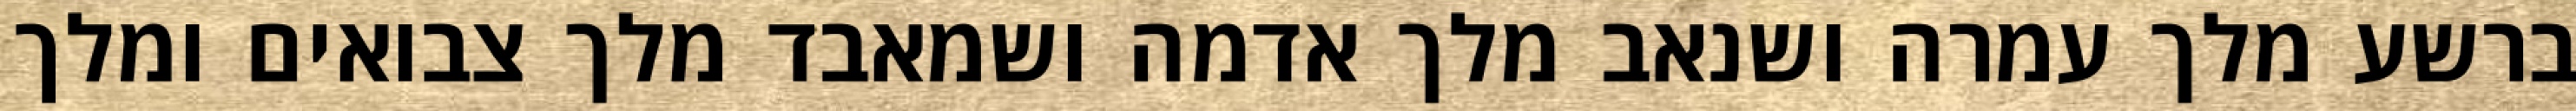
ברשע מלך עמרה ושנאב מלך אדמה ושמאבד מלך צבואים ומלך